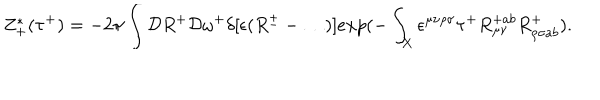
LaTeX: Z _ { + } ^ { * } ( \tau ^ { + } ) = - 2 \pi \int { \cal D } R ^ { + } { \cal D } \omega ^ { + } \delta [ \epsilon ( R ^ { \pm } - \dots ) ] e x p ( - \int _ { X } \epsilon ^ { \mu \nu \rho \sigma } \tau ^ { + } R _ { \mu \nu } ^ { + a b } R _ { \rho \sigma a b } ^ { + } ) .